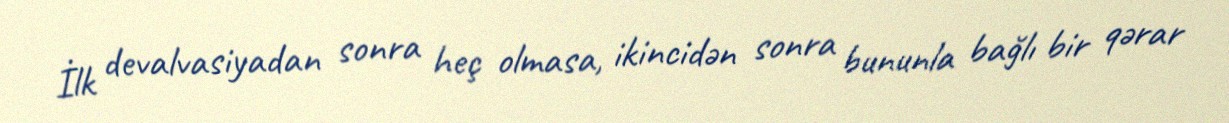
İlk devalvasiyadan sonra heç olmasa, ikincidən sonra bununla bağlı bir qərar